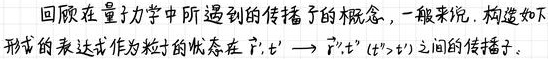
回顾在量子力学中所遇到的传播子的概念，一般来说，构造如下形式的表达式作为粒子的状态在$\vec{r},t'\to\vec{r}',t''(t''>t')$之间的传播子。